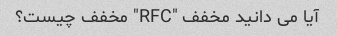
آیا می دانید مخفف "RFC" مخفف چیست؟